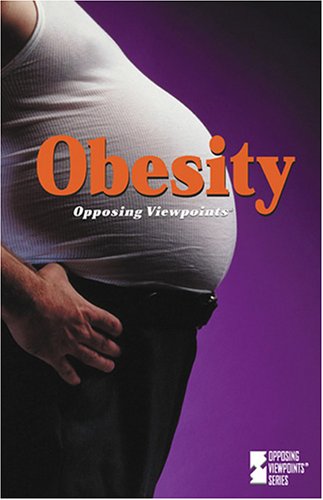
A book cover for Opposing Viewpoints Series - Obesity (hardcover edition); Teen & Young Adult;